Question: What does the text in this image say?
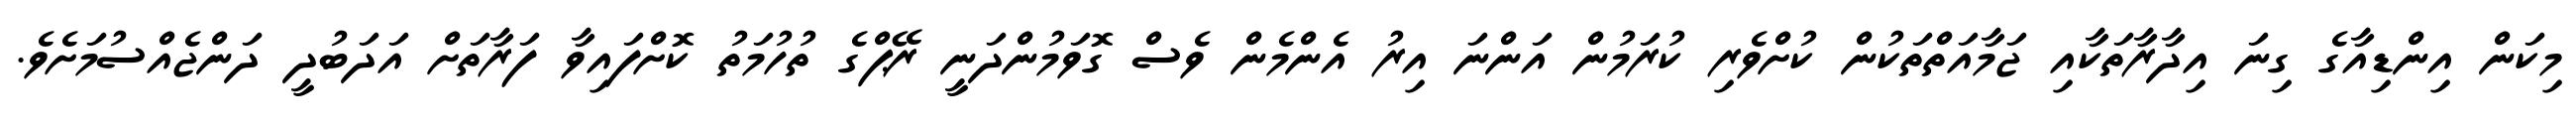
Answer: މިކަން އިންޑިއާގެ ގިނަ އިދާރާތަކާއި ޖަމާއަތްތަކުން ކުށްވެރި ކުރަމުން އަންނަ އިރު އެންމެން ވެސް ގޮވަމުންދަނީ ރޭޕްގެ ތުހުމަތު ކޮށްފައިވާ ފަރާތަށް އަދަބުދީ ދަންޖެއްސުމަށެވެ.